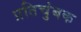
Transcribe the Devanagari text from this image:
प्रतिचुंबक